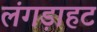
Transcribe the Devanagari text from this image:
लंगड़ाहट